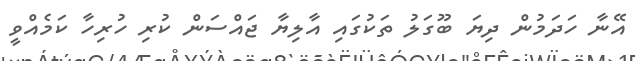
އޭނާ ހަދަމުން ދިޔަ ބޫގަލު ތަކުގައި އާލިޔާ ޖައްސަން ކުރި ހުރިހާ ކަމެއްވީ